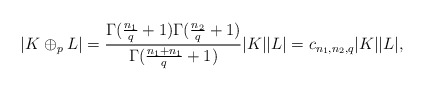
\begin{align*}|K\oplus_p L|= \frac{\Gamma(\frac{n_1}{q}+1)\Gamma(\frac{n_2}{q}+1)}{\Gamma(\frac{n_1+n_1}{q}+1)} |K||L|=c_{n_1, n_2, q}|K||L|,\end{align*}